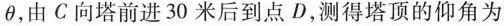
θ，由C向塔前进30米后到点D，测得塔顶的仰角为